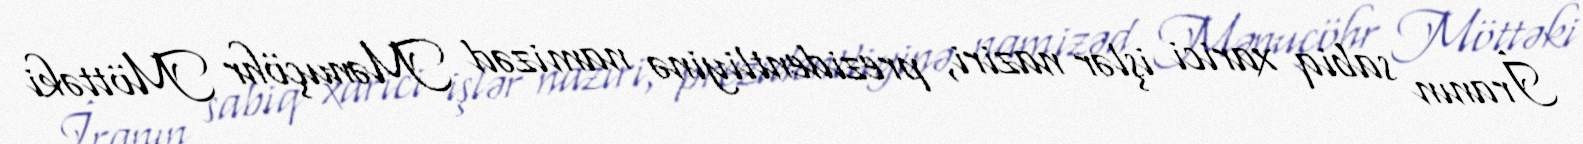
İranın sabiq xarici işlər naziri, prezidentliyinə namizəd Mənuçöhr Möttəki